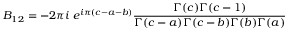
B _ { 1 2 } = - 2 \pi i ~ e ^ { i \pi ( c - a - b ) } \frac { \Gamma ( c ) \Gamma ( c - 1 ) } { \Gamma ( c - a ) \Gamma ( c - b ) \Gamma ( b ) \Gamma ( a ) }